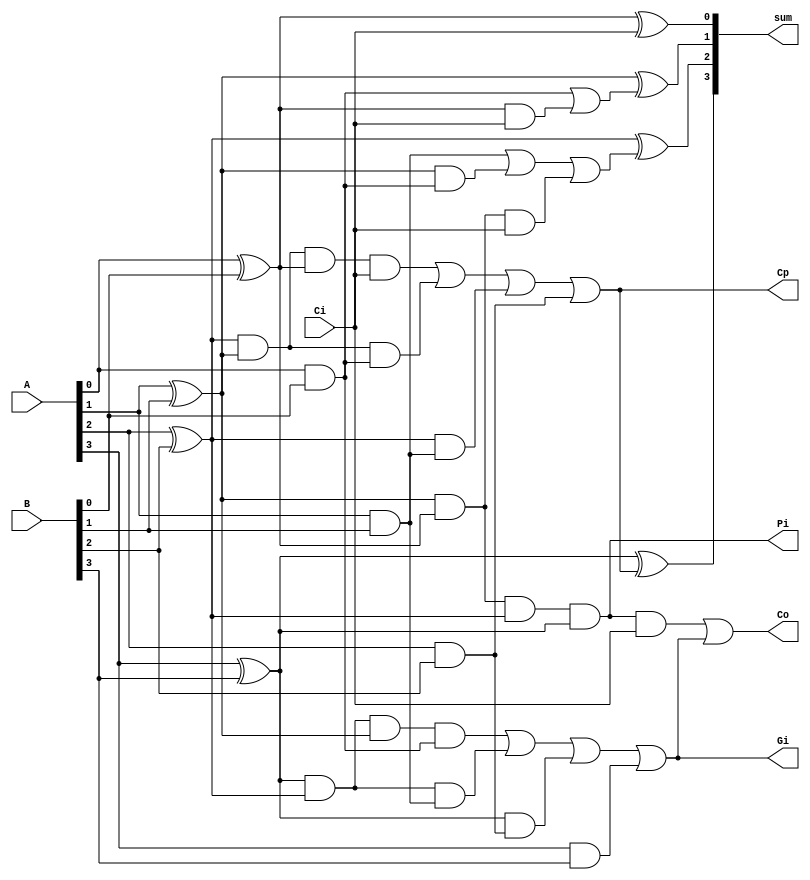
`timescale 1ns/1ns

module CLA4_h(
    input [3:0] A, B,
    input Ci, 
	output [3:0] sum, 
    output Co, Cp, Pi, Gi);
    
    wire [3:0] carry, P, G, p_temp;
    wire [2:0] g_temp;
    wire g_temp2, g_temp31, g_temp32;

    //generate terms
    and (G[0],A[0],B[0]);
    and (G[1],A[1],B[1]);
    and (G[2],A[2],B[2]);
    and (G[3],A[3],B[3]);

    //propagate terms
    xor (P[0],A[0],B[0]);
    xor (P[1],A[1],B[1]);
    xor (P[2],A[2],B[2]);
    xor (P[3],A[3],B[3]);

    //carry terms

    //C1
    and (p_temp[0], P[0], Ci);
    or (carry[1],G[0],p_temp[0]);

    //C2
    and (p_temp[1], P[1], P[0], Ci);
    and (g_temp2,P[1],G[0]);
    or (carry[2], G[1],g_temp2,p_temp[1]);

    //C3
    and (p_temp[2], P[2], P[1], P[0], Ci);
    and (g_temp31,  P[2], P[1], G[0]);
    and (g_temp32, P[2], G[1]);
    or (carry[3], p_temp[2], g_temp31, g_temp32, G[2]);
    buf (Cp, carry[3]);

    //C4
    //higher order propagate and generate terms
    and (Pi, P[0], P[1], P[2], P[3]);
    and (g_temp[0], P[3], P[2], P[1], G[0]);
    and (g_temp[1], P[3], P[2], G[1]);
    and (g_temp[2], P[3], G[2]);
    or (Gi, g_temp[0], g_temp[1], g_temp[2], G[3]);
    and (p_temp[3], P[0], P[1], P[2], P[3], Ci);
    or (Co, p_temp[3], Gi);

    buf (carry[0],Ci);
    
    xor (sum[0],P[0],carry[0]);
    xor (sum[1],P[1],carry[1]);
    xor (sum[2],P[2],carry[2]);
    xor (sum[3],P[3],carry[3]);

endmodule